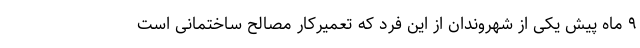
۹ ماه پیش یکی از شهروندان از این فرد که تعمیرکار مصالح ساختمانی است